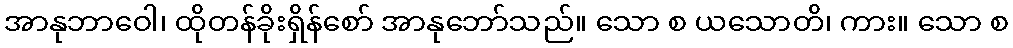
အာနုဘာဝေါ၊ ထိုတန်ခိုးရှိန်စော် အာနုဘော်သည်။ သော စ ယသောတိ၊ ကား။ သော စ